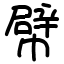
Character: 幦